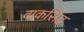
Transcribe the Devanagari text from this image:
वाकसिद्ध